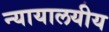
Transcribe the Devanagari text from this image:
न्यायालयीय